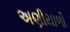
અણીયાળો